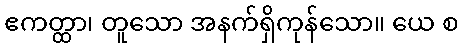
ဧကတ္ထာ၊ တူသော အနက်ရှိကုန်သော။ ယေ စ